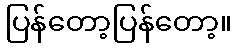
ပြန်တော့ပြန်တော့။